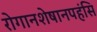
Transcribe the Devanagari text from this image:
रोगानशेषानपहंसि